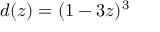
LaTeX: d ( z ) = ( 1 - 3 z ) ^ { 3 }